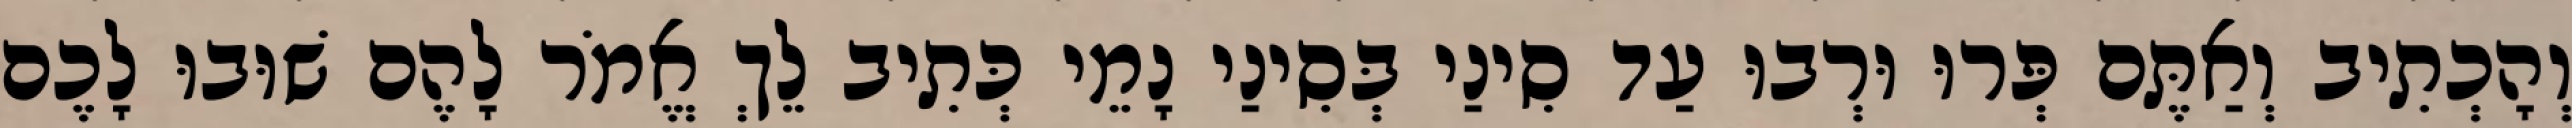
וְהָכְתִיב וְאַתֶּם פְּרוּ וּרְבוּ עַד סִינַי בְּסִינַי נָמֵי כְּתִיב לֵךְ אֱמֹר לָהֶם שׁוּבוּ לָכֶם